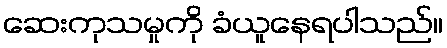
ဆေးကုသမှုကို ခံယူနေရပါသည်။